Indian journal of veterinary science and animal husbandry - Volume 8,
Year: 1938
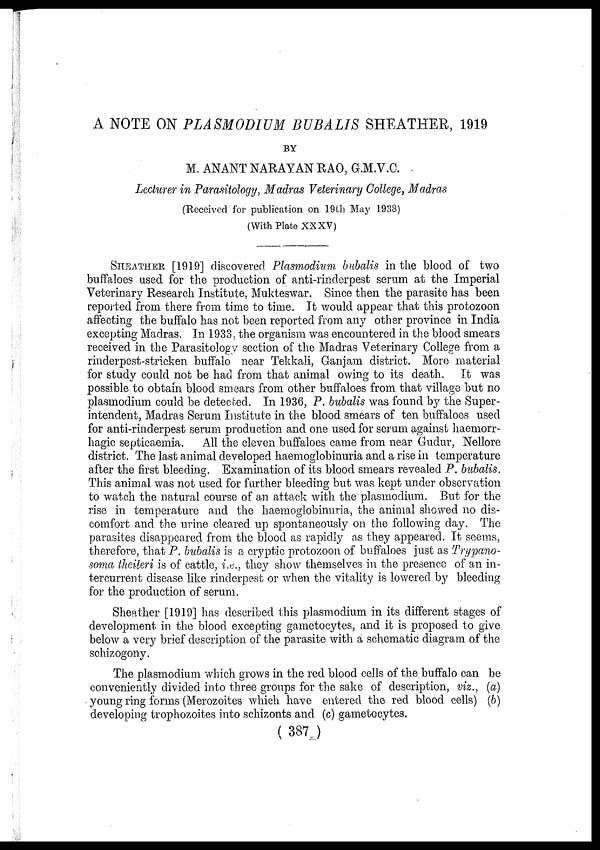
A NOTE ON PLASMODIUM BUBALIS SHEATHER, 1919
BY
M. ANANT NARAYAN RAO, G.M.V.C.
Lecturer in Parasitology, Madras Veterinary College, Madras
(Received for publication on 19th May 1938)
(With Plate XXXV)
SHEATHER [1919] discovered Plasmodium bubalis in the blood of two
buffaloes used for the production of anti-rinderpest serum at the Imperial
Veterinary Research Institute, Mukteswar. Since then the parasite has been
reported from there from time to time. It would appear that this protozoon
affecting the buffalo has not been reported from any other province in India
excepting Madras. In 1933, the organism was encountered in the blood smears
received in the Parasitology section of the Madras Veterinary College from a
rinderpest-stricken buffalo near Tekkali, Ganjam district. More material
for study could not be had from that animal owing to its death. It was
possible to obtain blood smears from other buffaloes from that village but no
plasmodium could be detected. In 1936, P. bubalis was found by the Super-
intendent, Madras Serum Institute in the blood smears of ten buffaloes used
for anti-rinderpest serum production and one used for serum against haemorr-
hagic septicaemia.
All the eleven buffaloes came from near Gudur, Nellore
district. The last animal developed haemoglobinuria and a rise in temperature
after the first bleeding. Examination of its blood smears revealed P. bubalis.
This animal was not used for further bleeding but was kept under observation
to watch the natural course of an attack with the plasmodium. But for the
rise in temperature and the haemoglobinuria, the animal showed no dis-
comfort and the urine cleared up spontaneously on the following day. The
parasites disappeared from the blood as rapidly as they appeared. It seems,
therefore, that P. bubalis is a cryptic protozoon of buffaloes just as Trypano-
soma theileri is of cattle, i.e., they show themselves in the presence of an in-
tercurrent disease like rinderpest or when the vitality is lowered by bleeding
for the production of serum.
Sheather [1919] has described this plasmodium in its different stages of
development in the blood excepting gametocytes, and it is proposed to give
below a very brief description of the parasite with a schematic diagram of the
schizogony.
The plasmodium which grows in the red blood cells of the buffalo can be
conveniently divided into three groups for the sake of description, viz., (a)
young ring forms (Merozoites which have entered the red blood cells) (b)
developing trophozoites into schizonts and (c) gametocytes.
( 387 )